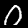
Label: 0